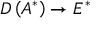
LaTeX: D \left( A ^ { * } \right) \to E ^ { * }